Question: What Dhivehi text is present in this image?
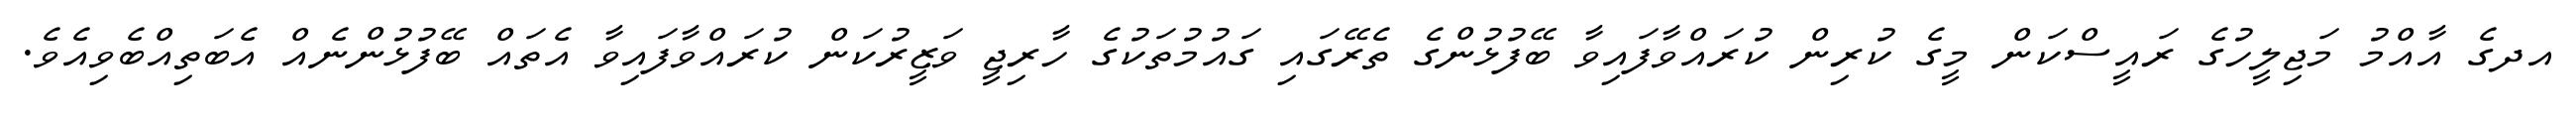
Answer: އދގެ އާއްމު މަޖިލީހުގެ ރައީސްކަން މީގެ ކުރިން ކުރައްވާފައިވާ ބޭފުޅުންގެ ތެރޭގައި ގައުމުތަކުގެ ހާރިޖީ ވަޒީރުކަން ކުރައްވާފައިވާ އެތައް ބޭފުޅުންނެއް އެބަތިއްބެވިއެވެ.